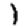
Digit: 1